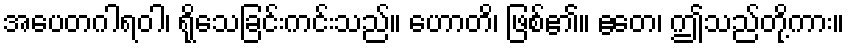
အပေတဂါရဝါ၊ ရိုသေခြင်းကင်းသည်။ ဟောတိ၊ ဖြစ်၏။ ဧတေ၊ ဤသည်တို့ကား။